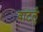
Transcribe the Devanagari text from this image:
वाटर्लु